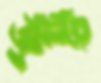
জুঁটি